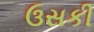
ઉસકી